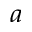
^ { \, a }